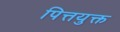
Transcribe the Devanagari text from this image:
पित्तयुक्त